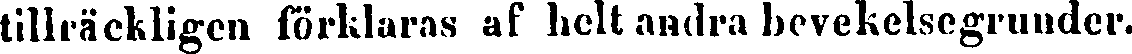
tillräckligen förklaras af helt andra bevekelsegrunder.